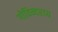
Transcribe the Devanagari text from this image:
गोविन्दराय